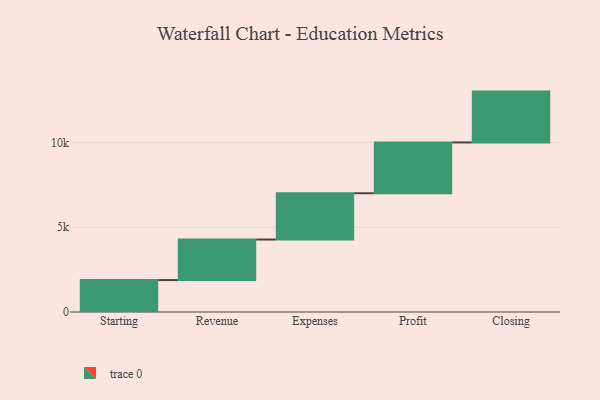
{"axis": {"x": "Step", "y": "Value"}, "legend": [""], "data": [{"x": "Starting", "y": 1883.0, "type": ""}, {"x": "Revenue", "y": 2394.0, "type": ""}, {"x": "Expenses", "y": 2732.0, "type": ""}, {"x": "Profit", "y": 3000, "type": ""}, {"x": "Closing", "y": 3000, "type": ""}]}